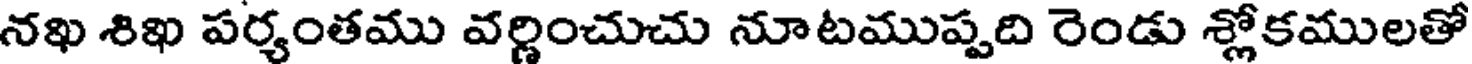
నఖ శిఖ పర్యంతము వర్ణించుచు నూటముప్పది రెండు శ్లోకములతో